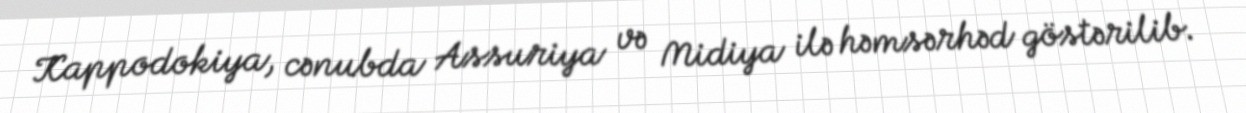
Kappodokiya, cənubda Assuriya və Midiya ilə həmsərhəd göstərilib.